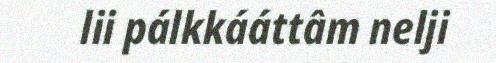
lii pálkkááttâm nelji